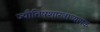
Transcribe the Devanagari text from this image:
ज्यौतिषशास्त्राध्यापक